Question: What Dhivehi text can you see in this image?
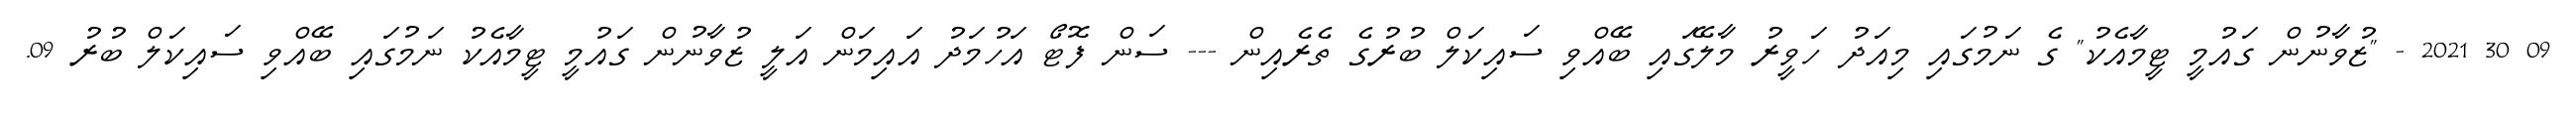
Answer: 09 30 2021 - "ޒުވާނުން ގައުމީ ޓީމާއެކު" ގެ ނަމުގައި މިއަދު ހަވީރު މާލޭގައި ބޭއްވި ސައިކަލް ބުރުގެ ތެރެއިން --- ސަން ފޮޓޯ އަހުމަދު އައިމަން އަލީ ޒުވާނުން ގައުމީ ޓީމާއެކު ނަމުގައި ބޭއްވި ސައިކަލް ބުރު 09.